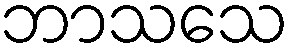
ဘာသသေ